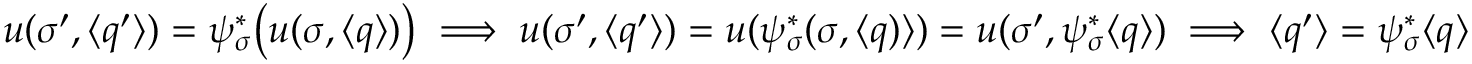
u ( \sigma ^ { \prime } , \langle q ^ { \prime } \rangle ) = \psi _ { \sigma } ^ { * } \big ( u ( \sigma , \langle q \rangle ) \big ) \implies u ( \sigma ^ { \prime } , \langle q ^ { \prime } \rangle ) = u ( \psi _ { \sigma } ^ { * } ( \sigma , \langle q ) \rangle ) = u ( \sigma ^ { \prime } , \psi _ { \sigma } ^ { * } \langle q \rangle ) \implies \langle q ^ { \prime } \rangle = \psi _ { \sigma } ^ { * } \langle q \rangle